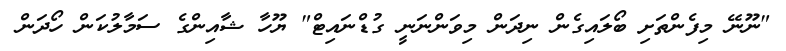
"ނޫނޭ މިފެންތަށި ބޯލައިގެން ނިދަން މިވަންނަނީ ގުޑްނައިޓް" ޔޫހާ ޝާއިންގެ ސަމާލުކަން ހޯދަން